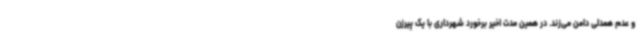
و عدم همدلی دامن می‌زند. در همین مدت اخیر برخورد شهرداری با یک پیرزن